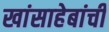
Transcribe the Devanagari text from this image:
खांसाहेबांची